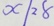
x / 2 8